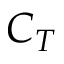
C _ { T }